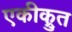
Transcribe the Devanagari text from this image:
एकीक्रुत